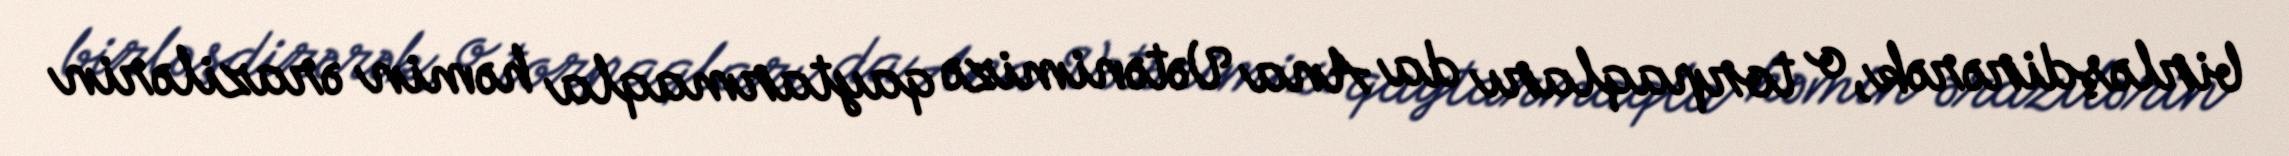
birləşdirərək, o torpaqları da Ana Vətənimizə qaytarmaqla həmin ərazilərin